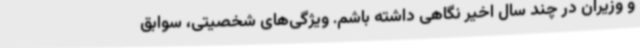
و وزیران در چند سال اخیر نگاهی داشته باشم. ویژگی‌های شخصیتی، سوابق